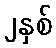
၂နှစ်